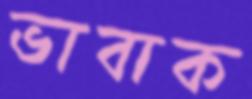
ভাবাক